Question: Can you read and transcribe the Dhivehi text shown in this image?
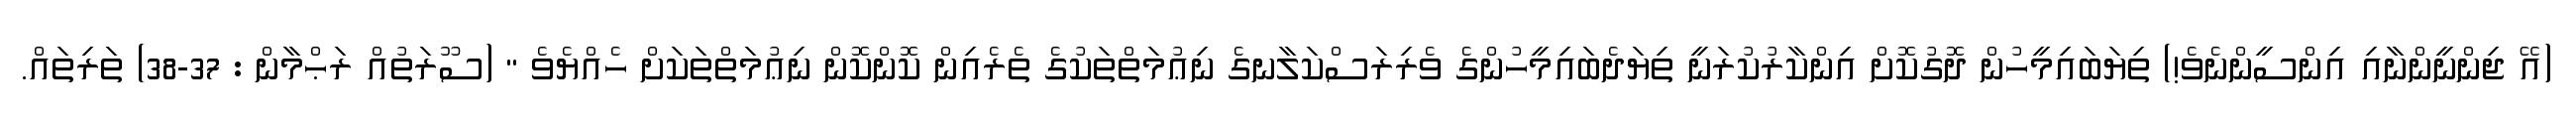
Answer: (އޭ ޖިންނީންނާއި އިންސީންނެވެ!) ތިޔަބައިމީހުން ދޮގުކޮށް އިންކާރުކުރަނީ ތިޔަދެބައިމީހުންގެ ވެރިރަސްކަލާނގެ ނިޢުމަތްތަކުގެ ތެރެއިން ކޮންކޮން ނިޢުމަތްތަކަށް ހެއްޔެވެ " (ސޫރަތުއް ރަޙްމާން : 37-38) ތަރިތައް.